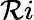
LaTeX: \mathcal{R}i